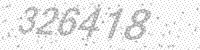
Solution: 326418